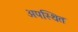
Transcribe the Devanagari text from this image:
अपस्थित